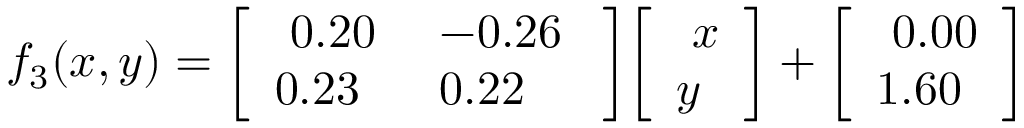
f _ { 3 } ( x , y ) = { \left[ \begin{array} { l l } { \ 0 . 2 0 } & { \ - 0 . 2 6 \ } \\ { 0 . 2 3 } & { \ 0 . 2 2 } \end{array} \right] } { \left[ \begin{array} { l } { \ x } \\ { y } \end{array} \right] } + { \left[ \begin{array} { l } { \ 0 . 0 0 } \\ { 1 . 6 0 } \end{array} \right] }